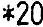
*20